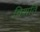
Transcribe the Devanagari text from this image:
विशति